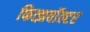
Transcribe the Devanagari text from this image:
फित्झवॉल्टर